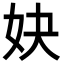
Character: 妜